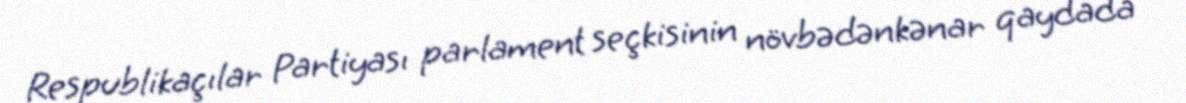
Respublikaçılar Partiyası parlament seçkisinin növbədənkənar qaydada